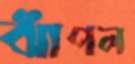
ঝাঁপল